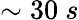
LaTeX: \sim 30\ s